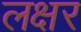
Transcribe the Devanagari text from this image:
लक्षर